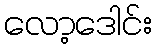
လော့ဒေါင်း